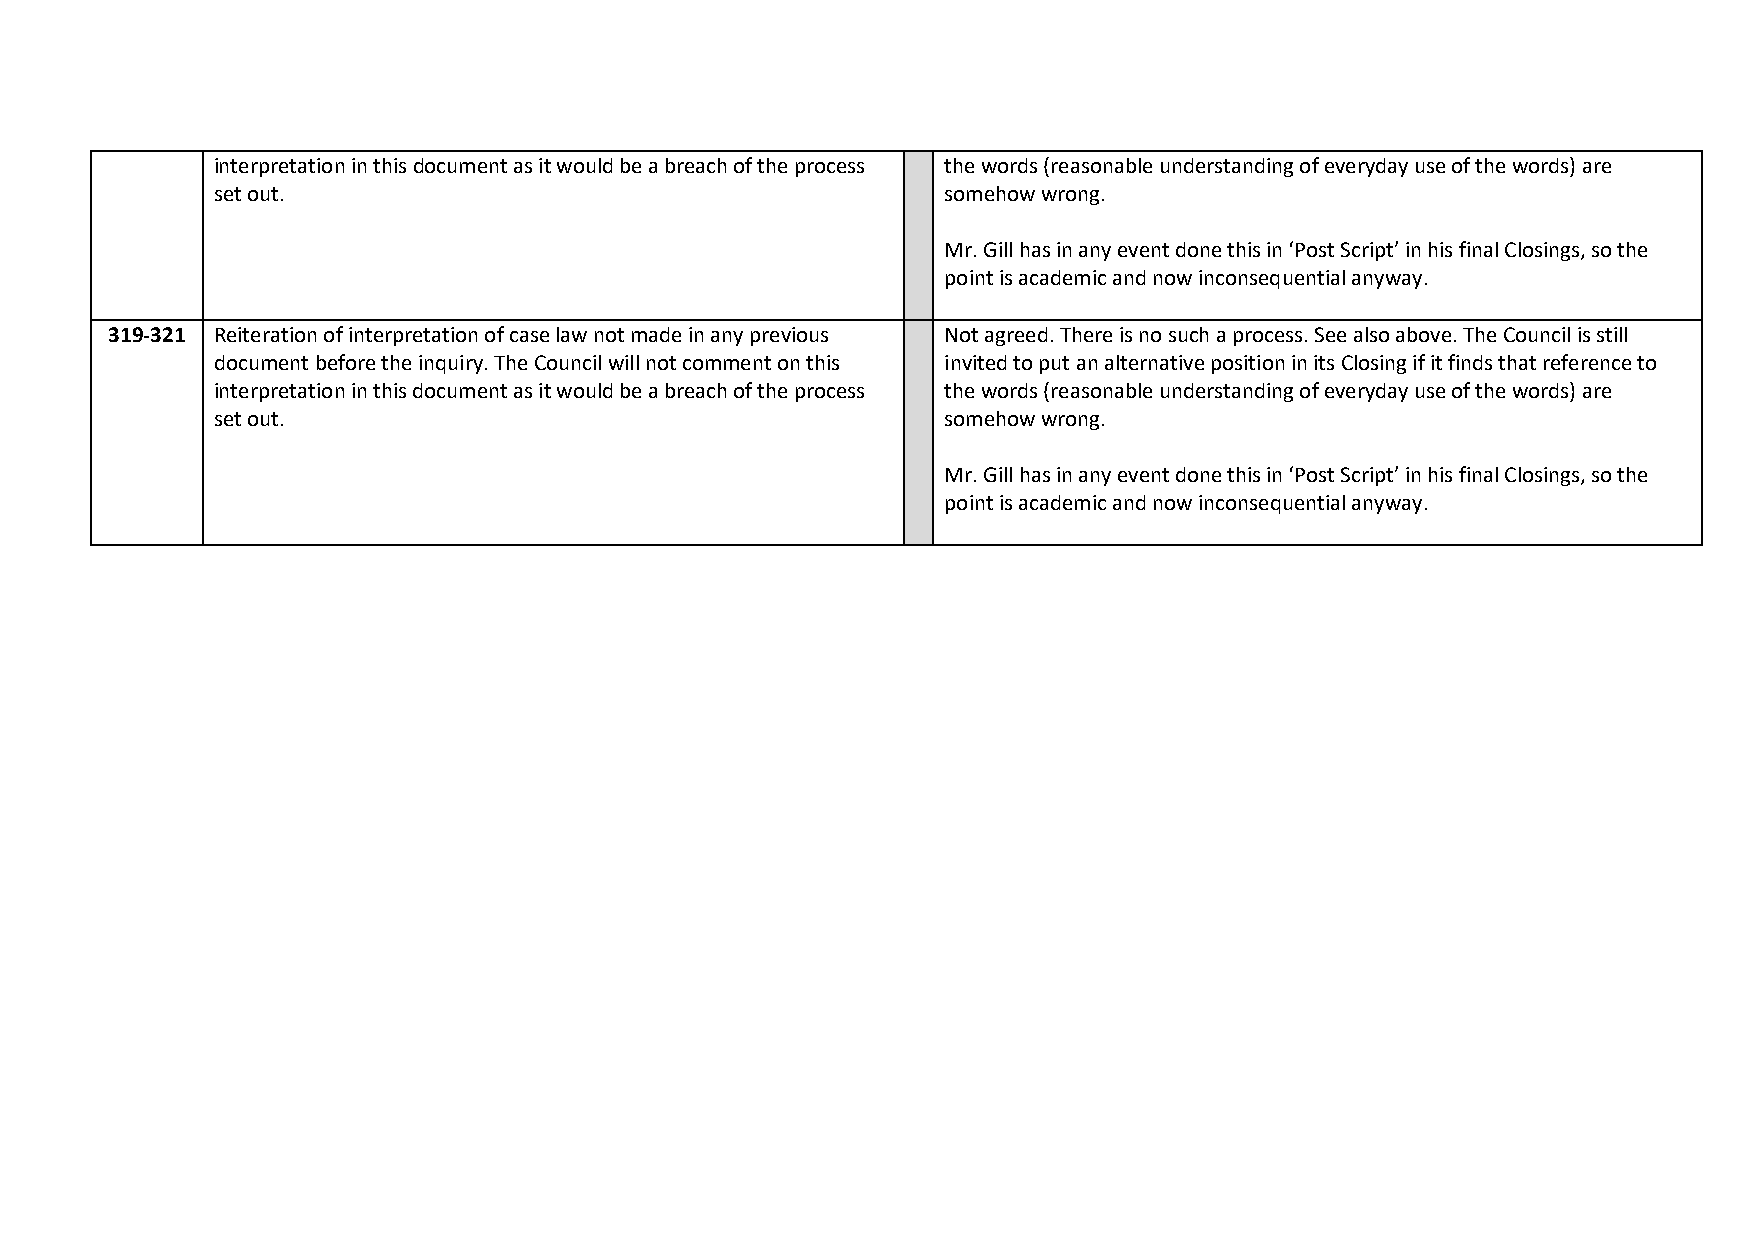
interpretation in this document as it would be a breach of the process the words (reasonable understanding of everyday use of the words) are
 set out.                                        somehow wrong.
 Mr. Gill has in any event done this in ‘Post Script’ in his final Closings, so the
 point is academic and now inconsequential anyway.
 319-321 Reiteration of interpretation of case law not made in any previous Not agreed. There is no such a process. See also above. The Council is still
 document before the inquiry. The Council will not comment on this invited to put an alternative position in its Closing if it finds that reference to
 interpretation in this document as it would be a breach of the process the words (reasonable understanding of everyday use of the words) are
 set out.                                        somehow wrong.
 Mr. Gill has in any event done this in ‘Post Script’ in his final Closings, so the
 point is academic and now inconsequential anyway.